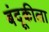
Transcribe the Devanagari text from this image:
बंदूकीला